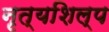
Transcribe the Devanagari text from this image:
नृत्यशिल्प